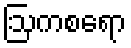
ဩကစရော